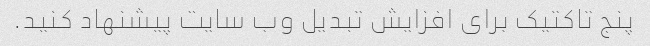
پنج تاکتیک برای افزایش تبدیل وب سایت پیشنهاد کنید.